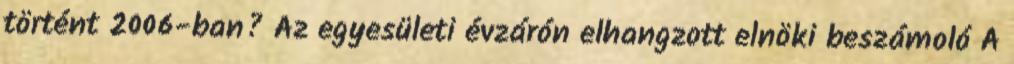
történt 2006-ban? Az egyesületi évzárón elhangzott elnöki beszámoló A